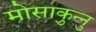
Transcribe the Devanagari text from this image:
मोसाकुन्नु